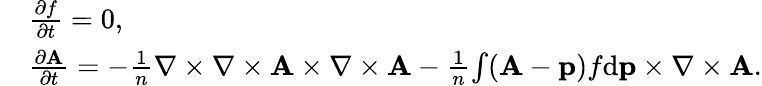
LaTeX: \begin{array}{rl}&{\frac{\partial f}{\partial t}=0,}\\ &{\frac{\partial{\mathbf A}}{\partial t}=-\frac{1}{n}{\nabla\times\nabla\times{\mathbf A}}\times{\nabla\times{\mathbf A}}-\frac{1}{n}{\int({\mathbf A}-{\mathbf p})f\mathrm{d}{\mathbf p}}\times{\nabla\times{\mathbf A}}.}\end{array}